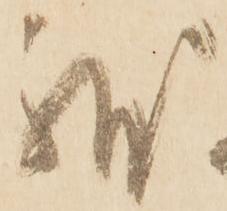
躰